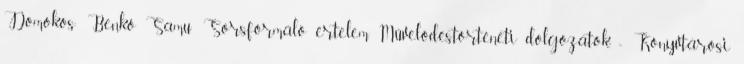
Domokos: Benkő Samu: Sorsformáló értelem. Művelődéstörténeti dolgozatok. = Könyvtárosi